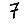
Digit: 7